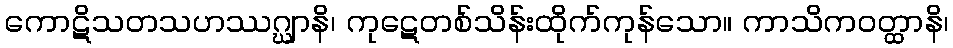
ကောဋိသတသဟဿဂ္ဃျာနိ၊ ကုဋေတစ်သိန်းထိုက်ကုန်သော။ ကာသိကဝတ္ထာနိ၊